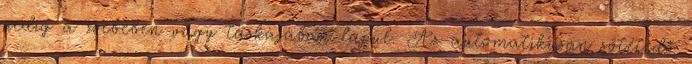
pedig a zsebében vagy táskájában lapul. Az automatikusan sötétedő